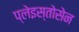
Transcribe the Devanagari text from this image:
प्लेइस्तोसेन